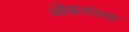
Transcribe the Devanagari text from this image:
ओकारंतता